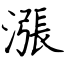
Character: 漲